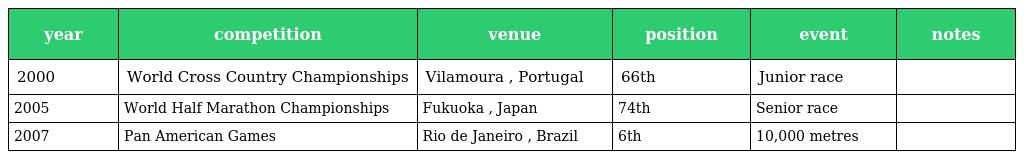
| year | competition | venue | position | event | notes |
 | --- | --- | --- | --- | --- | --- |
 | 2000 | World Cross Country Championships | Vilamoura , Portugal | 66th | Junior race |  |
 | 2005 | World Half Marathon Championships | Fukuoka , Japan | 74th | Senior race |  |
 | 2007 | Pan American Games | Rio de Janeiro , Brazil | 6th | 10,000 metres |  |